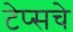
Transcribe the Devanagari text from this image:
टेप्सचे